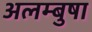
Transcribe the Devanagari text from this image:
अलम्बुषा